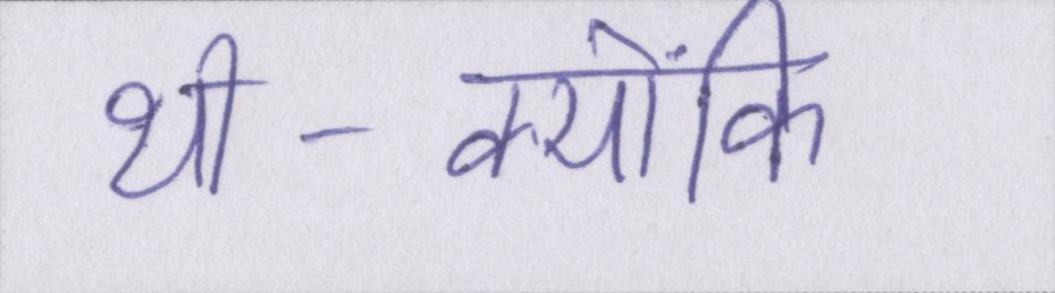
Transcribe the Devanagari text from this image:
थी-क्योंकि